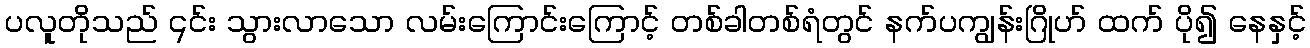
ပလူတိုသည် ၎င်း သွားလာသော လမ်းကြောင်းကြောင့် တစ်ခါတစ်ရံတွင် နက်ပကျွန်းဂြိုဟ် ထက် ပို၍ နေနှင့်